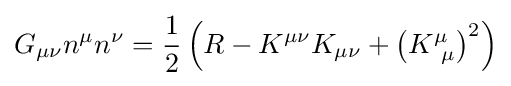
G_{\mu \nu }n^{\mu }n^{\nu }={\frac {1}{2}}\left(R-K^{\mu \nu }K_{\mu \nu }+\left(K_{~\mu }^{\mu }\right)^{2}\right)